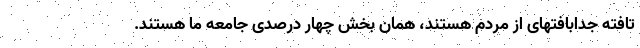
تافته جدابافتهای از مردم هستند، همان بخش چهار درصدی جامعه ما هستند.